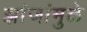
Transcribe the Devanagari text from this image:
झांजांमुळे